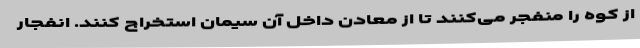
از کوه را منفجر می‌کنند تا از معادن داخل آن سیمان استخراج کنند. انفجار